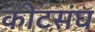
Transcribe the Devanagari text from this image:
कीटसंघ